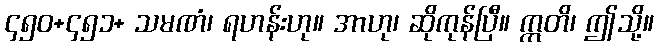
၄၅၀+၄၅၁+ သမဏံ၊ ရဟန်းဟု။ အာဟု၊ ဆိုကုန်ပြီ။ ဣတိ၊ ဤသို့။